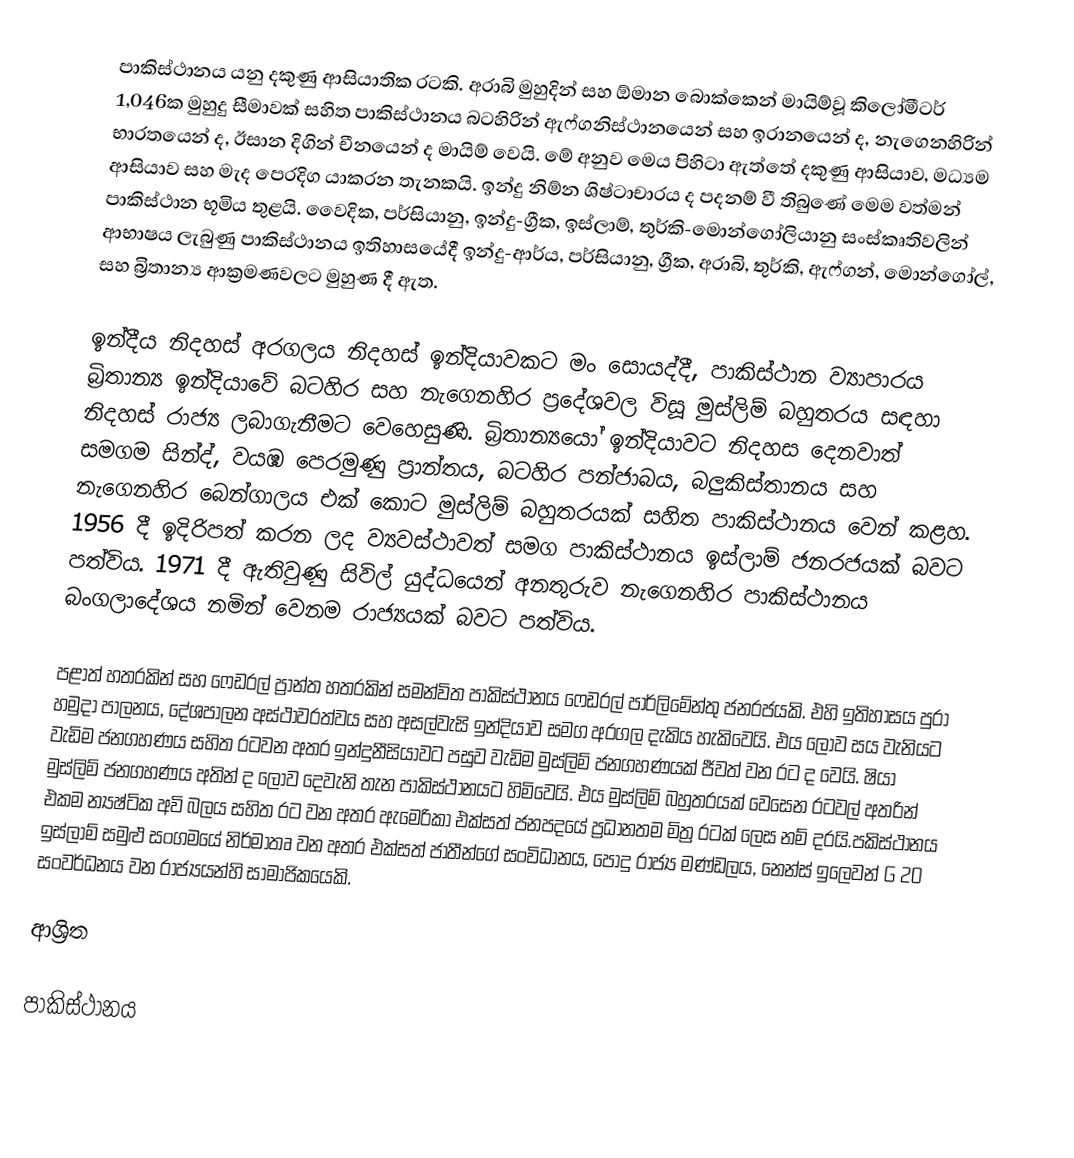
පාකිස්ථානය යනු දකුණු ආසියාතික රටකි. අරාබි මුහුදින් සහ ඕමාන බොක්කෙන් මායිම්වූ කිලෝමීටර් 1,046ක මුහුදු සීමාවක් සහිත පාකිස්ථානය බටහිරින් ඇෆ්ගනිස්ථානයෙන් සහ ඉරානයෙන් ද, නැගෙනහිරින් භාරතයෙන් ද, ඊසාන දිගින් චීනයෙන් ද මායිම් වෙයි. මේ අනුව මෙය පිහිටා ඇත්තේ දකුණු ආසියාව, මධ්‍යම ආසියාව සහ මැද පෙරදිග යාකරන තැනකයි. ඉන්දු නිම්න ශිෂ්ටාචාරය ද පදනම් වී තිබුණේ මෙම වත්මන් පාකිස්ථාන භූමිය තුළයි. වෛදික, පර්සියානු, ඉන්දු-ග්‍රීක, ඉස්ලාම්, තුර්කි-මොන්ගෝලියානු සංස්කෘතිවලින් ආභාෂය ලැබුණු පාකිස්ථානය ඉතිහාසයේදී ඉන්දු-ආර්ය, පර්සියානු, ග්‍රීක, අරාබි, තුර්කි, ඇෆ්ගන්, මොන්ගෝල්, සහ බ්‍රිතාන්‍ය ආක්‍රමණවලට මුහුණ දී ඇත.

ඉන්දීය නිදහස් අරගලය නිදහස් ඉන්දියාවකට මං සොයද්දී, පාකිස්ථාන ව්‍යාපාරය බ්‍රිතාන්‍ය ඉන්දියාවේ බටහිර සහ නැගෙනහිර ප්‍රදේශවල විසූ මුස්ලිම් බහුතරය සඳහා නිදහස් රාජ්‍ය ලබාගැනීමට වෙහෙසුණි. බ්‍රිතාන්‍යයෝ ඉන්දියාවට නිදහස දෙනවාත් සමගම සින්ද්, වයඹ පෙරමුණු ප්‍රාන්තය, බටහිර පන්ජාබය, බලුකිස්තානය සහ නැගෙනහිර බෙන්ගාලය එක් කොට මුස්ලිම් බහුතරයක් සහිත පාකිස්ථානය වෙන් කළහ. 1956 දී ඉදිරිපත් කරන ලද ව්‍යවස්ථාවත් සමග පාකිස්ථානය ඉස්ලාම් ජනරජයක් බවට පත්විය. 1971 දී ඇතිවුණු සිවිල් යුද්ධයෙන් අනතුරුව නැගෙනහිර පාකිස්ථානය බංගලාදේශය නමින් වෙනම රාජ්‍යයක් බවට පත්විය.

පළාත් හතරකින් සහ ෆෙඩරල් ප්‍රාන්ත හතරකින් සමන්විත පාකිස්ථානය ෆෙඩරල් පාර්ලිමේන්තු ජනරජයකි. එහි ඉතිහාසය පුරා හමුදා පාලනය, දේශපාලන අස්ථාවරත්වය සහ අසල්වැසි ඉන්දියාව සමග අරගල දැකිය හැකිවෙයි. එය ලොව සය වැනියට වැඩිම ජනගහණය සහිත රටවන අතර ඉන්දුනීසියාවට පසුව වැඩිම මුස්ලිම් ජනගහණයක් ජීවත් වන රට ද වෙයි. ෂියා මුස්ලිම් ජනගහණය අතින් ද ලොව දෙවැනි තැන පාකිස්ථානයට හිමිවෙයි. එය මුස්ලිම් බහුතරයක් වෙසෙන රටවල් අතරින් එකම න්‍යෂ්ටික අවි බලය සහිත රට වන අතර ඇමෙරිකා එක්සත් ජනපදයේ ප්‍රධානතම මිත්‍ර රටක් ලෙස නම් දරයි.පකිස්ථානය ඉස්ලාම් සමුළු සංගමයේ නිර්මාතෘ වන අතර එක්සත් ජාතීන්ගේ සංවිධානය, පොදු රාජ්‍ය මණ්ඩලය, නෙන්ස් ඉලෙවන් G 20 සංවර්ධනය වන රාජ්‍යයන්හි සාමාජිකයෙකි.

ආශ්‍රිත

පාකිස්ථානය